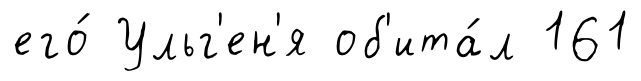
его́ Ульг'ен'я об'ита́л 161